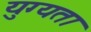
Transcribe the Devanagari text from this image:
युग्यता